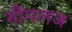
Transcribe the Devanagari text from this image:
भौंमलज